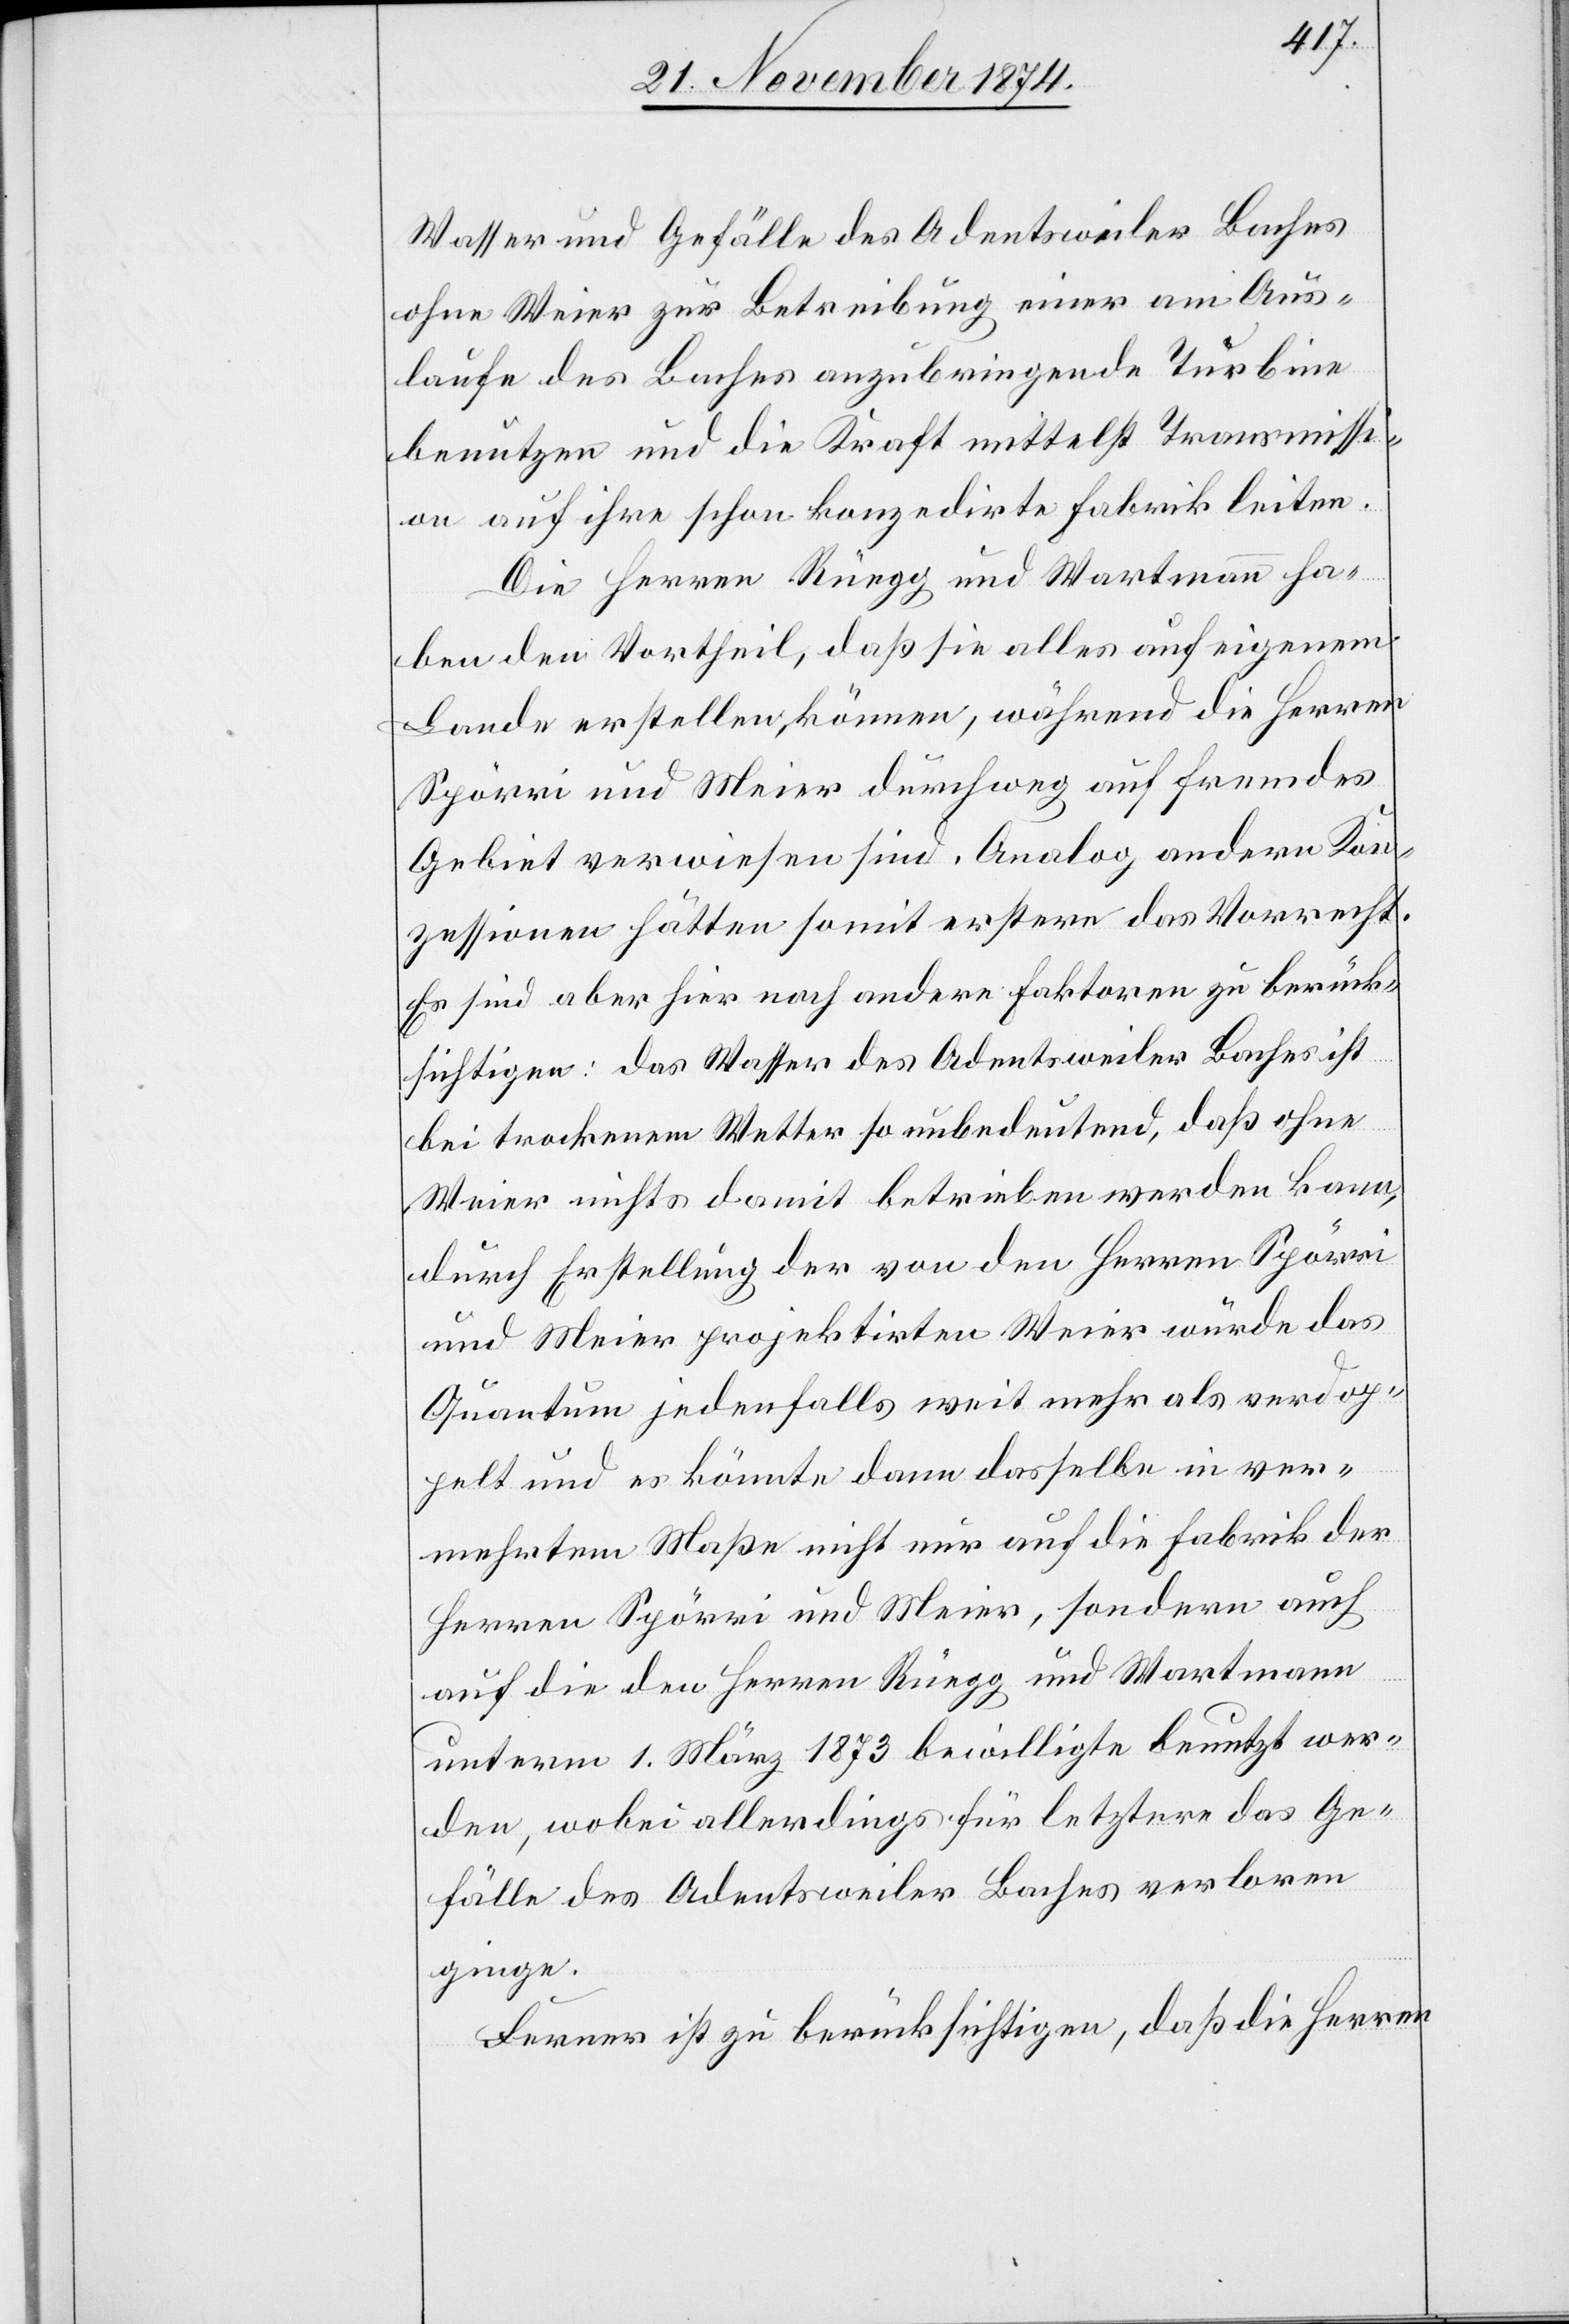
Wasser und Gefälle des Adentsweiler Baches
ohne Weier zur Betreibung einer am Aus¬
laufe des Baches anzubringende Turbine
benutzen und die Kraft mittelst Transmissi¬
on auf ihre schon konzedirte Fabrik leiten.
Die Herren Rüegg und Wartmann ha¬
ben den Vortheil, daß sie alles auf eigenem
Lande erstellen können, während die Herren
Spörri und Meier durchweg auf fremdes
Gebiet verwiesen sind. Analog andern Kon¬
zessionen hätten somit erstere das Vorrecht.
Es sind aber hier noch andere Faktoren zu berück¬
sichtigen: das Wasser des Adentsweiler Baches ist
bei trockenem Wetter so unbedeutend, daß ohne
Weier nichts damit betrieben werden kann,
durch Erstellung der von den Herren Spörri
und Meier projektirten Weier würde das
Quantum jedenfalls weit mehr als verdop¬
pelt und es könnte dann dasselbe in ver¬
mehrtem Maße nicht nur auf die Fabrik der
Herren Spörri und Meier, sondern auch
auf die den Herren Rüegg und Wartmann
unterm 1. März 1873 bewilligte benutzt wer¬
den, wobei allerdings für letztere das Ge¬
fälle des Adentsweiler Baches verloren
ginge.
Ferner ist zu berücksichtigen, daß die Herren